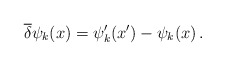
\begin{align*}\overline{\delta} \psi_k (x) = \psi'_k (x') - \psi_k (x)\, .\end{align*}